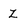
Character: Z